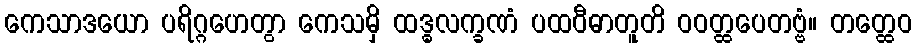
ကေသာဒယော ပရိဂ္ဂဟေတွာ ကေသမှိ ထဒ္ဓလက္ခဏံ ပထဝီဓာတူတိ ဝဝတ္ထပေတဗ္ဗံ။ တတ္ထေဝ